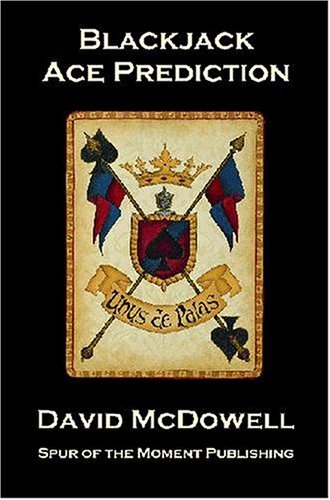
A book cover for Blackjack Ace Prediction: The Art Of Advanced Location Strategies For The Casino Game Of Twenty-one; David McDowell; Humor & Entertainment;